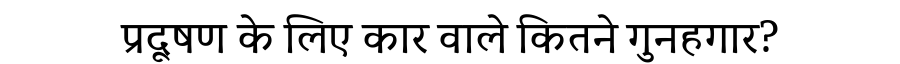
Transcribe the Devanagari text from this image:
प्रदूषण के लिए कार वाले कितने गुनहगार?